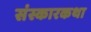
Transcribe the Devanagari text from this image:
संस्कारकथा